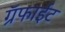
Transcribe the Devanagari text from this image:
ग्रॅफाईट